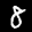
Label: 8